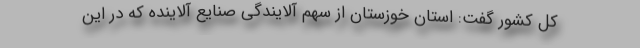
کل کشور گفت: استان خوزستان از سهم آلایندگی صنایع آلاینده که در این